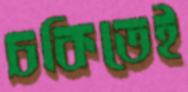
চকিতেই